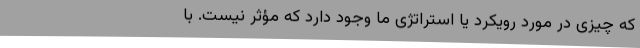
که چیزی در مورد رویکرد یا استراتژی ما وجود دارد که مؤثر نیست. با